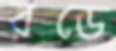
রডে